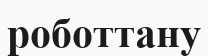
роботтану